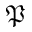
\mathfrak { P }